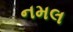
નમલ